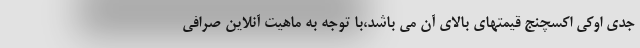
جدی اوکی اکسچنج قیمتهای بالای آن می باشد،با توجه به ماهیت آنلاین صرافی